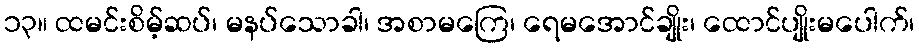
၁၃။ ထမင်းစိမ့်ဆပ်၊ မနပ်သောခါ၊ အစာမကြေ၊ ရေမအောင်ချိုး၊ ထောင်ပျိုးမပေါက်၊